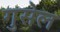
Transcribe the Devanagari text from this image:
गुसेल